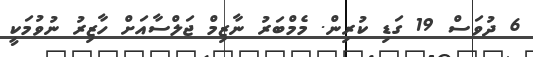
6 ދުވަސް 19 ގަޑި ކުރިން. މެމްބަރު ނާޒިމް ޖަލްސާއަށް ހާޒިރު ނުވުމަކީ